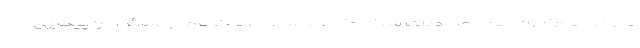
می خواهم اجرای همه مصوبات ستاد ملی ، توسط دستگاههای مسئول را پیگیری